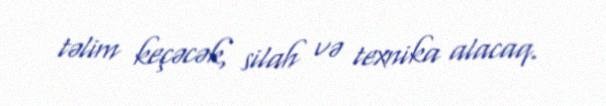
təlim keçəcək, silah və texnika alacaq.